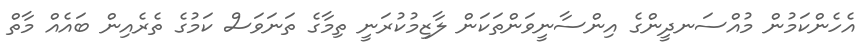
އެހެންކަމުން މުއްސަނދީންގެ އިންސާނީވަންތަކަން ލާޒިމުކުރަނީ ތިމާގެ ތަނަވަސް ކަމުގެ ތެރެއިން ބައެއް މާތް